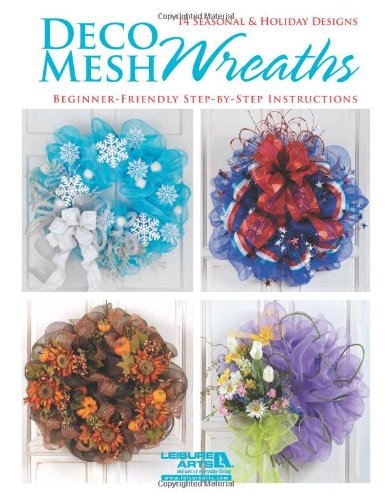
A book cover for Deco Mesh Wreaths; Leisure Arts; Crafts, Hobbies & Home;